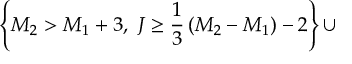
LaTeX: \left\{ M _ { 2 } > M _ { 1 } + 3 , ~ J \ge { \frac { 1 } { 3 } } \left( M _ { 2 } - M _ { 1 } \right) - 2 \right\} \cup